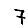
Digit: 7